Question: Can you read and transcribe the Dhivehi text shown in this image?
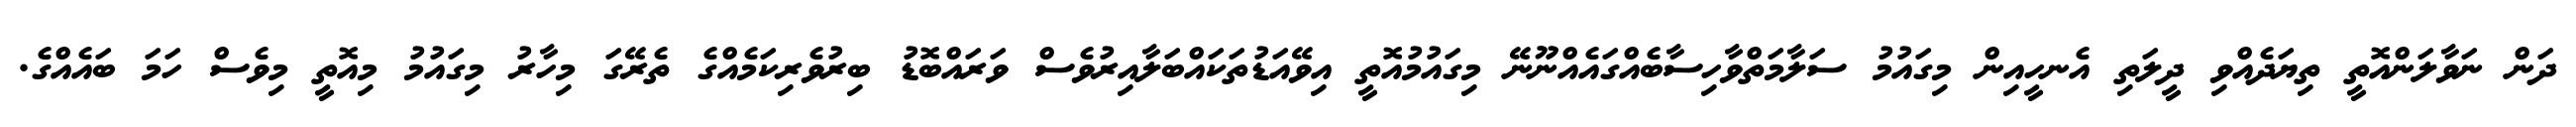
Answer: ދަން ނަވާލަންއޮތީ ތިޔަދެއްވި ދީލަތި އެނހީއިން މިގައުމު ސަލާމަތްވާހިސާބެއްގައެއްނޫނޭ މިގައުމުއޮތީ އިވޭއަޑުތަކައްބަލާއިރުވެސް ވަރައްބޮޑު ބިރުވެރިކަމެއްގެ ތެރޭގަ މިހާރު މިގައުމު މިއޮތީ މިވެސް ހަމަ ބައެއްގެ.